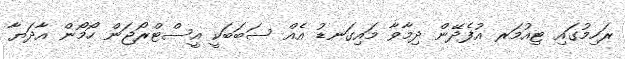
ރަހިމުގައި ޓިއުމަރ އުފެދޭން ދިމާވާ މައިގަނޑު އެއް ސަބަބަކީ އީސްޓްރޯޖަން ހޯމޯން އާދަޔާ